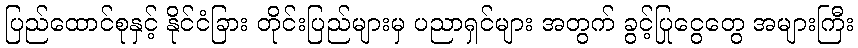
ပြည်ထောင်စုနှင့် နိုင်ငံခြား တိုင်းပြည်များမှ ပညာရှင်များ အတွက် ခွင့်ပြုငွေတွေ အများကြီး